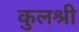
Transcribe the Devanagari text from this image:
कुलश्री